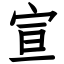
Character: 宣